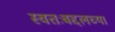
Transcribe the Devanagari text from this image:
स्वतःबद्दलच्या